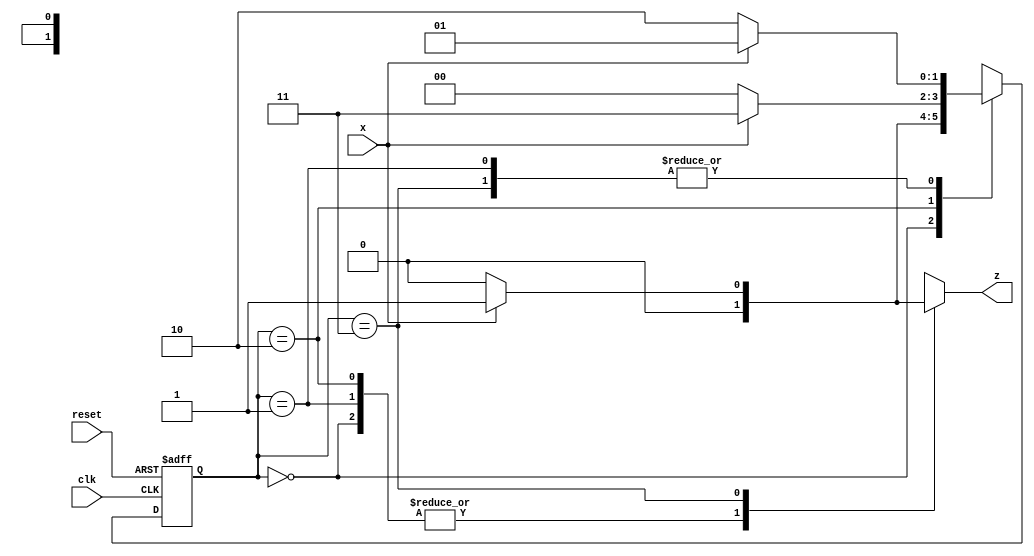
module Melay_Overlapping(
input x,clk,reset,
output reg z
);

parameter S0 = 0 , S1 = 1 , S2 = 2 , S3 = 3 ;
reg [1:0] PS,NS ;

    always@(posedge clk or posedge reset)
        begin
            if(reset)
                PS <= S0;   
            else    
                PS <= NS ;
        end             

    always@(PS or x)
        begin 
            
            case(PS)
                S0 : begin 
                            z = 0 ;
                            NS = x ? S1 : S0 ;
                            $display(PS);
                        end
                S1 : begin 
                            z = 0 ;
                            NS = x ? S1 : S2 ;
                            $display(PS);
                        end
                S2 : begin 
                            z = 0 ;
                            NS = x ? S3 : S0 ;
                            $display(PS);
                        end 
                S3 : begin 
                            z = x ? 1 : 0 ; 
                            NS = x ? S1 : S2 ;
                            $display(PS);
                        end

            endcase
        end
  endmodule